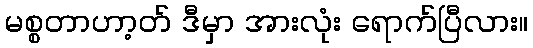
မစ္စတာဟာ့တ် ဒီမှာ အားလုံး ရောက်ပြီလား။